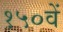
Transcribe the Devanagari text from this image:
१५०वें